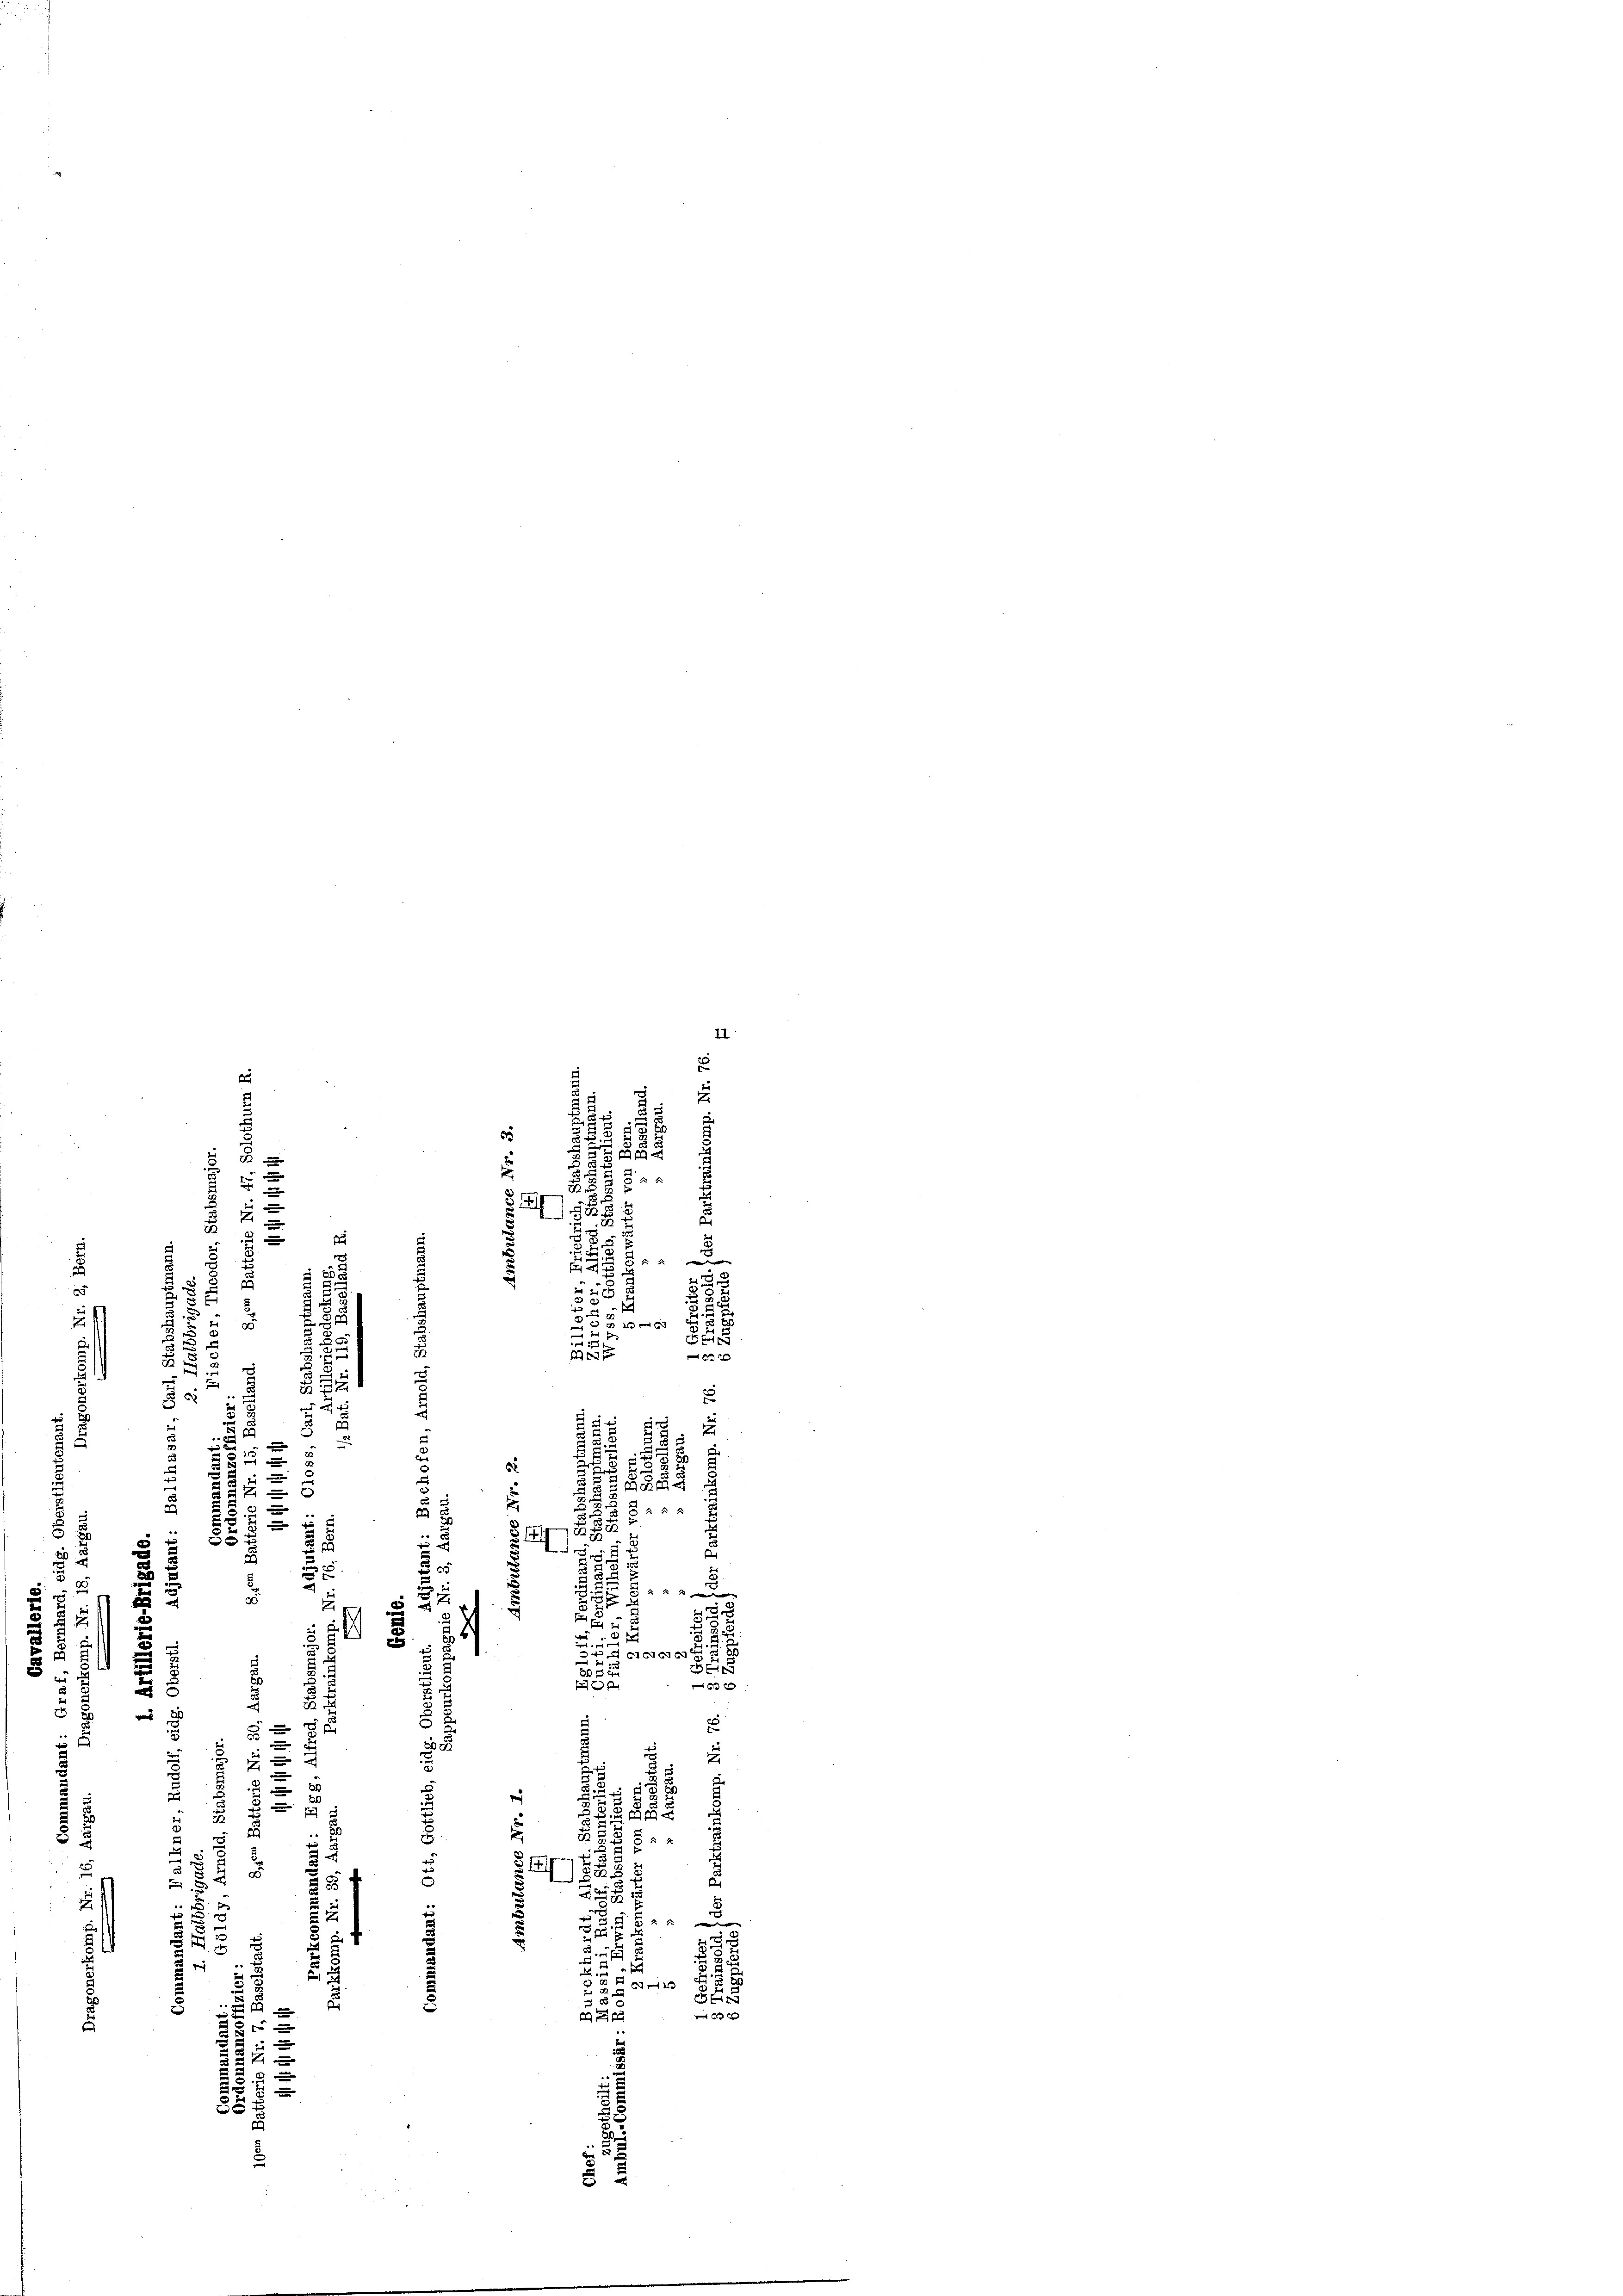
.
1

.
t
 2
32
u
8
1

a

u
n
85
5

2
E
x
E
änner
.
5

0
.
1

§ 5
e
3
u

x
.

.
u
87
.
s
.
e
1
5
2
e
.
u
8
 x 2 x
2

8
35
t
3

d
5

¬
7
u

.
 x
5
s
15
i
d

5
2
5
u
1
d
.
e
u
B
5

632
f
5

5

E
¬

n
u

 2
f
5. 21 x
.
E
E
28
 x
u
e
588
e
A
d
u
e
f 5 x
s
u

d
e
d
f

u

2
2
 54
2
.
387
a

t

d
5
23
8
.
s

0 x
e
dan die
u

u
x

56 x

u

21
E

5

¬